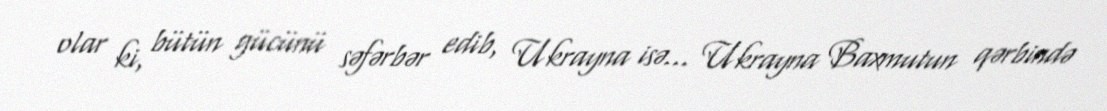
olar ki, bütün gücünü səfərbər edib, Ukrayna isə... Ukrayna Baxmutun qərbində